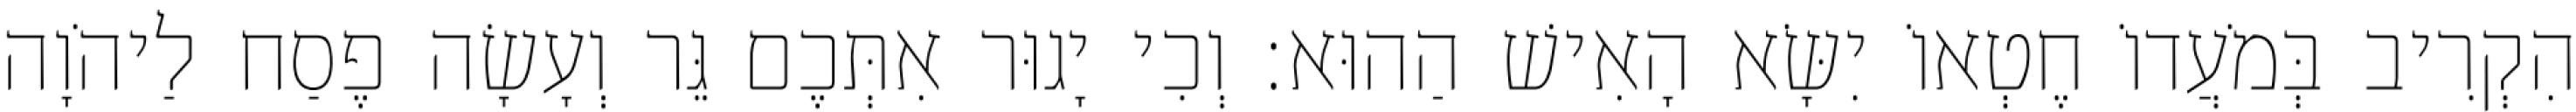
הִקְרִיב בְּמֹעֲדוֹ חֶטְאוֹ יִשָּׂא הָאִישׁ הַהוּא׃ וְכִי יָגוּר אִתְּכֶם גֵּר וְעָשָׂה פֶסַח לַיהֹוָה